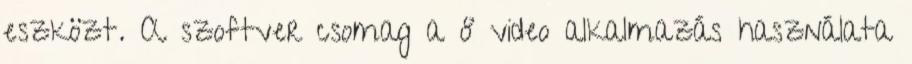
eszközt. A szoftver csomag a 8 video alkalmazás használata